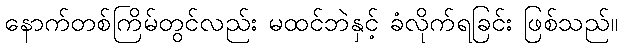
နောက်တစ်ကြိမ်တွင်လည်း မထင်ဘဲနှင့် ခံလိုက်ရခြင်း ဖြစ်သည်။